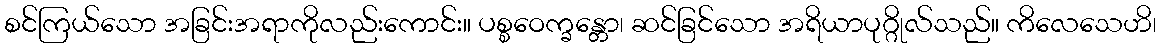
စင်ကြယ်သော အခြင်းအရာကိုလည်းကောင်း။ ပစ္စဝေက္ခန္တော၊ ဆင်ခြင်သော အရိယာပုဂ္ဂိုလ်သည်။ ကိလေသေဟိ၊